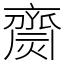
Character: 齌